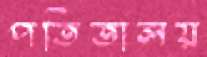
পতিতালয়